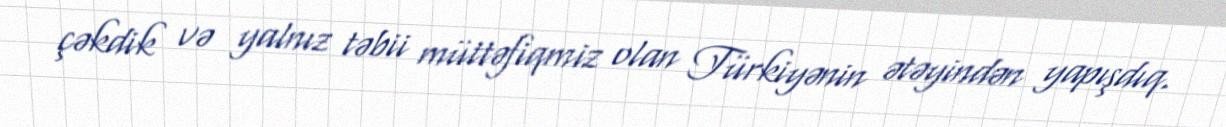
çəkdik və yalnız təbii müttəfiqmiz olan Türkiyənin ətəyindən yapışdıq.